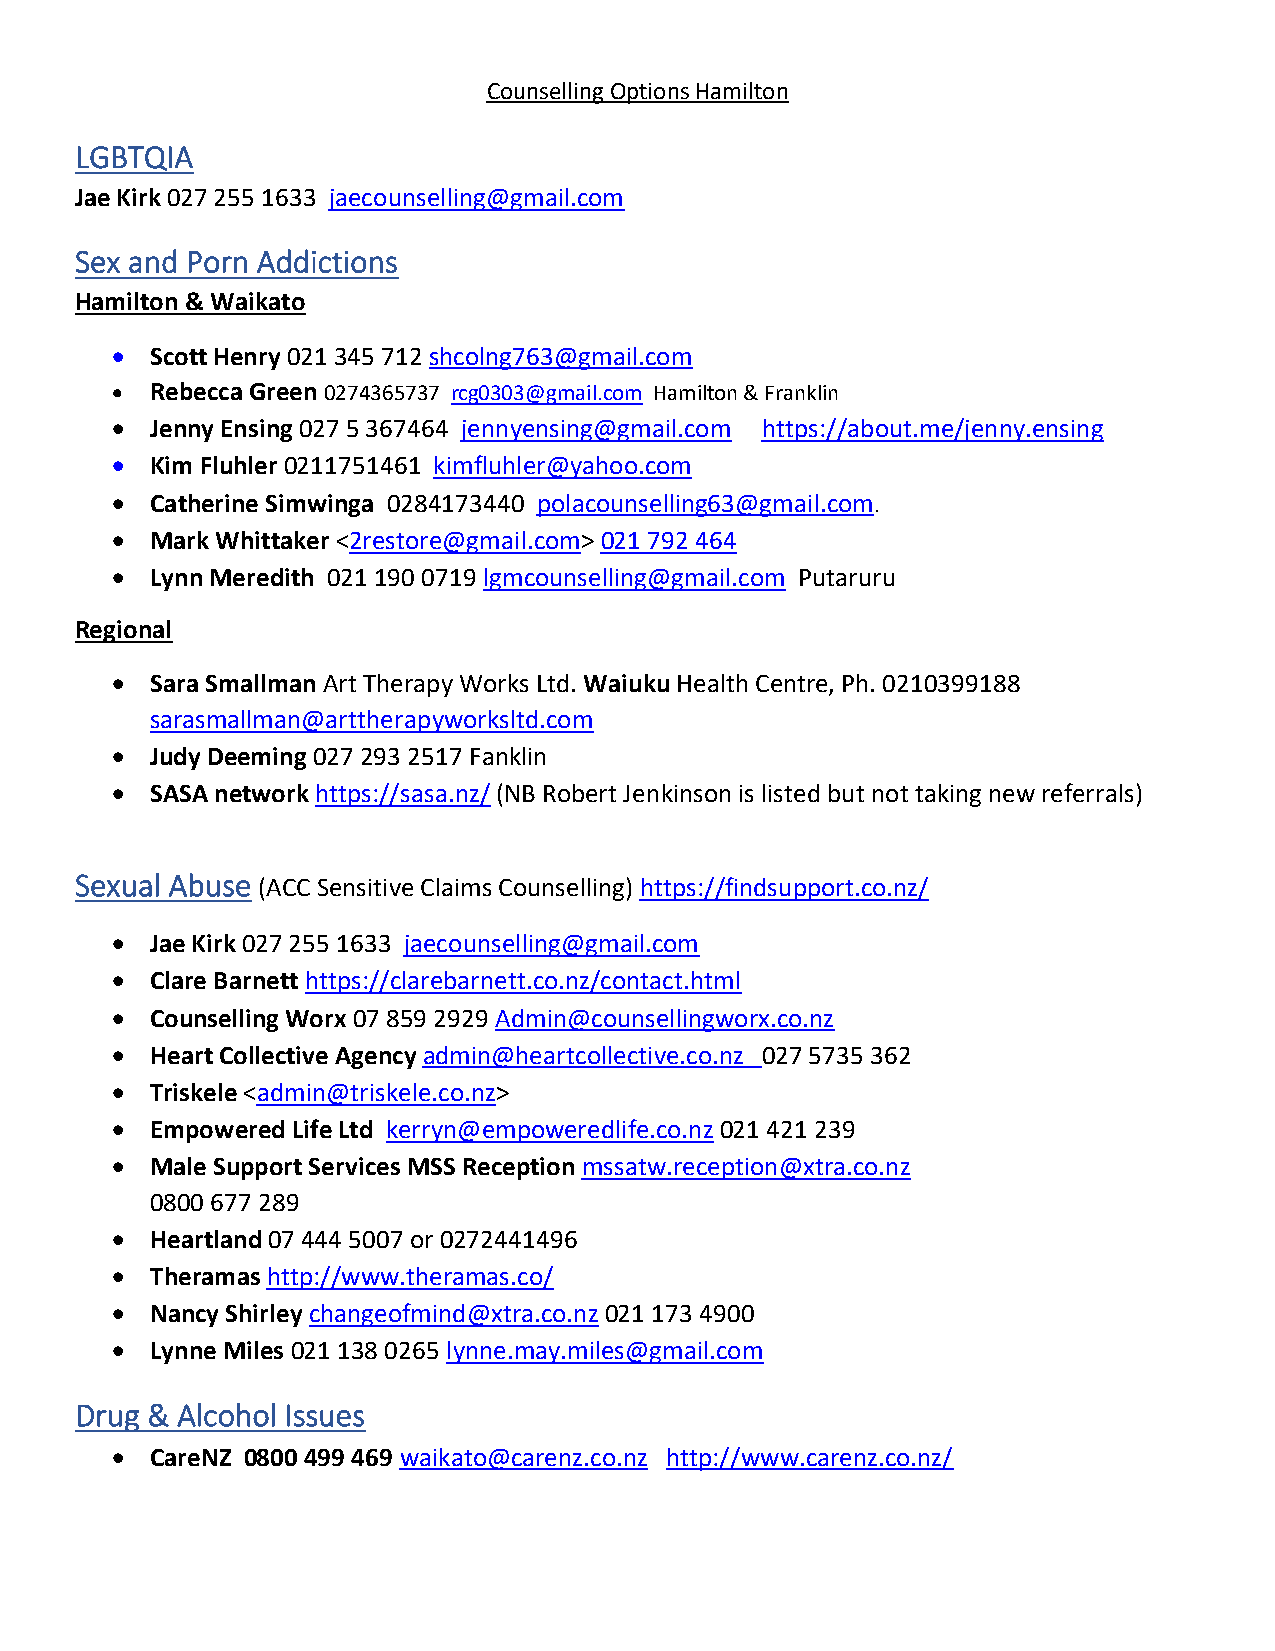
Counselling Options Hamilton
 LGBTQIA
 Jae Kirk 027 255 1633 jaecounselling@gmail.com
 Sex and Porn Addictions
 Hamilton & Waikato
 •  Scott Henry 021 345 712 shcolng763@gmail.com
 •  Rebecca Green 0274365737 rcg0303@gmail.com Hamilton & Franklin
 •  Jenny Ensing 027 5 367464 jennyensing@gmail.com https://about.me/jenny.ensing
 •  Kim Fluhler 0211751461 kimfluhler@yahoo.com
 •  Catherine Simwinga 0284173440 polacounselling63@gmail.com.
 •  Mark Whittaker <2restore@gmail.com> 021 792 464
 •  Lynn Meredith 021 190 0719 lgmcounselling@gmail.com Putaruru
 Regional
 •  Sara Smallman Art Therapy Works Ltd. Waiuku Health Centre, Ph. 0210399188
 sarasmallman@arttherapyworksltd.com
 •  Judy Deeming 027 293 2517 Fanklin
 •  SASA network https://sasa.nz/ (NB Robert Jenkinson is listed but not taking new referrals)
 Sexual Abuse (ACC Sensitive Claims Counselling) https://findsupport.co.nz/
 •  Jae Kirk 027 255 1633 jaecounselling@gmail.com
 •  Clare Barnett https://clarebarnett.co.nz/contact.html
 •  Counselling Worx 07 859 2929 Admin@counsellingworx.co.nz
 •  Heart Collective Agency admin@heartcollective.co.nz 027 5735 362
 •  Triskele <admin@triskele.co.nz>
 •  Empowered Life Ltd kerryn@empoweredlife.co.nz 021 421 239
 •  Male Support Services MSS Reception mssatw.reception@xtra.co.nz
 0800 677 289
 •  Heartland 07 444 5007 or 0272441496
 •  Theramas http://www.theramas.co/
 •  Nancy Shirley changeofmind@xtra.co.nz 021 173 4900
 •  Lynne Miles 021 138 0265 lynne.may.miles@gmail.com
 Drug & Alcohol Issues
 •  CareNZ 0800 499 469 waikato@carenz.co.nz http://www.carenz.co.nz/